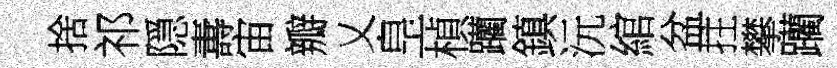
捨祁隠夀宙瓣乂皇楨躪鎮沅綰盆拄攀躪